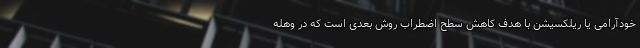
خودآرامی یا ریلکسیشن با هدف کاهش سطح اضطراب روش بعدی است که در وهله